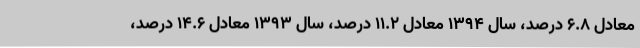
معادل ۶.۸ درصد، سال ۱۳۹۴ معادل ۱۱.۲ درصد، سال ۱۳۹۳ معادل ۱۴.۶ درصد،